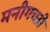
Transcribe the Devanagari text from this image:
मनीगच्छी